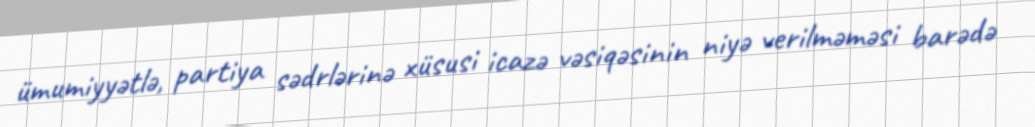
ümumiyyətlə, partiya sədrlərinə xüsusi icazə vəsiqəsinin niyə verilməməsi barədə